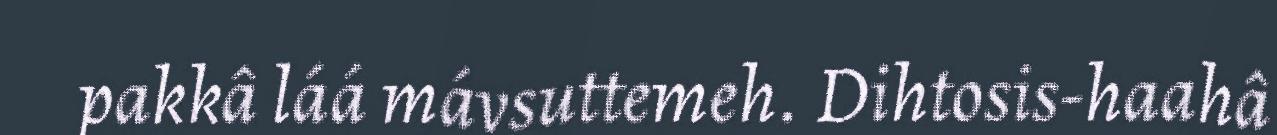
pakkâ láá mávsuttemeh. Dihtosis-haahâ